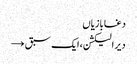
دغابازیاں
دیر الیکشن، ایک سبق →